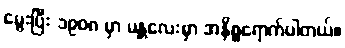
မွေးပြီး ၁၉၀၈ မှာ မန္တလေးမှာ အနိစ္စရောက်ပါတယ်။